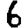
Digit: 6